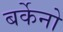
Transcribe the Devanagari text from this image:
बर्केनो